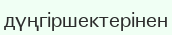
дүңгіршектерінен